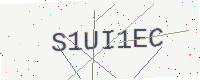
Text: S1UI1EC